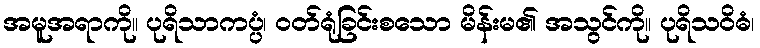
အမူအရာကို။ ပုရိသာကပ္ပံ၊ ဝတ်ရုံခြင်းစသော မိန်းမ၏ အသွင်ကို။ ပုရိသဝိဓံ၊